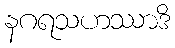
နဂရသဟဿာဒိ